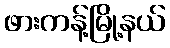
ဖားကန့်မြို့နယ်